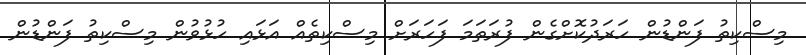
މިސްކިތު ފަންޑުން ހަރަދުކޮށްގެން ފުރަތަމަ ފަހަރަށް މިސްކިތެއް އަޅައި ހުޅުވުން މިސްކިތު ފަންޑުން